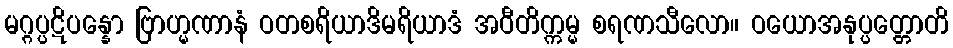
မဂ္ဂပ္ပဋိပန္နော ဗြာဟ္မဏာနံ ဝတစရိယာဒိမရိယာဒံ အဝီတိက္ကမ္မ စရဏသီလော။ ဝယောအနုပ္ပတ္တောတိ